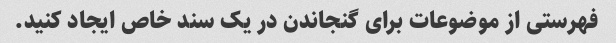
فهرستی از موضوعات برای گنجاندن در یک سند خاص ایجاد کنید.